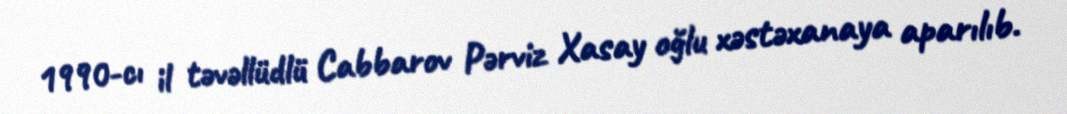
1990-cı il təvəllüdlü Cabbarov Pərviz Xasay oğlu xəstəxanaya aparılıb.